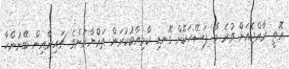
އޮތީ ރާއްޖެއަށް ވުރެ މާ ފަސޭހަކޮށް ގޮނޑި ކާމިޔާބުކުރަން ތައްޔާރަށެވެ. ޗައިނާއިން ބޭނުންހާ